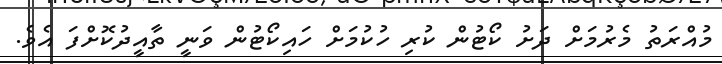
މުއްރަތު މެރުމަށް ދަށު ކޯޓުން ކުރި ހުކުމަށް ހައިކޯޓުން ވަނީ ތާއީދުކޮށްފަ އެވެ.